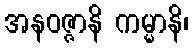
အနဝဇ္ဇာနိ ကမ္မာနိ၊